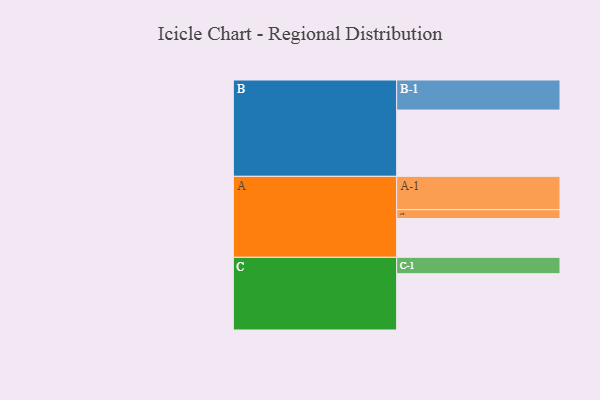
{"axis": {"x": "Segment", "y": "Value"}, "legend": ["", "A", "B", "C"], "data": [{"x": "A", "y": 346, "type": ""}, {"x": "B", "y": 591, "type": ""}, {"x": "C", "y": 502, "type": ""}, {"x": "A-1", "y": 297, "type": "A"}, {"x": "A-2", "y": 79, "type": "A"}, {"x": "B-1", "y": 268, "type": "B"}, {"x": "C-1", "y": 146, "type": "C"}]}